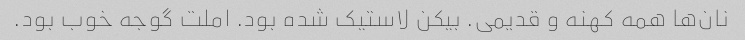
نان‌ها همه کهنه و قدیمی. بیکن لاستیک شده بود. املت گوجه خوب بود.